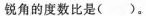
锐角的度数比是()。